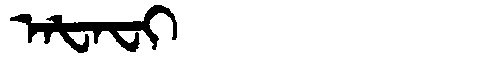
Manchu: ᠠᡶᠠᠸᡳ
Romanization: AFAFI